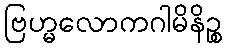
ဗြဟ္မလောကဂါမိနိဉ္စ